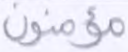
مؤمنون